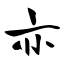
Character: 亦